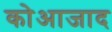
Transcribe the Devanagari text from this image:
कोआजाद